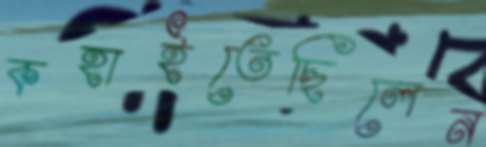
কহাইতেছিলেন